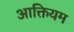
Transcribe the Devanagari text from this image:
आक्तियम